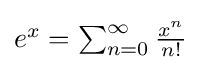
{\textstyle e^{x}=\sum _{n=0}^{\infty }{x^{n} \over n!}}